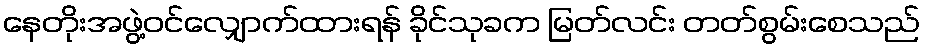
နေတိုးအဖွဲ့ဝင်လျှောက်ထားရန် ခိုင်သုခက မြတ်လင်း တတ်စွမ်းစေသည်